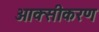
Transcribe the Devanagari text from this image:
आक्‍सीकरण